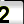
Digit: 2